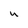
Character: U